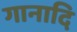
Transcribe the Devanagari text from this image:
गानादि